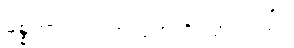
မစ္စတာလင်း အသုဘကို သွားတယ်။